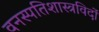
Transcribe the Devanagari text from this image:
वनस्पतिशास्त्रविदों